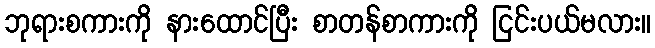
ဘုရားစကားကို နားထောင်ပြီး စာတန်စာကားကို ငြင်းပယ်မလား။